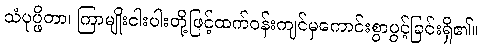
သံပုပ္ဖိတာ၊ ကြာမျိုးငါးပါးတို့ဖြင့်ထက်ဝန်းကျင်မှကောင်းစွာပွင့်ခြင်းရှိ၏။